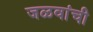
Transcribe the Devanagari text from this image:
जळवांची